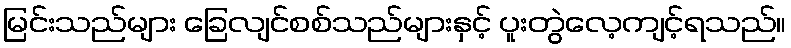
မြင်းသည်များ ခြေလျင်စစ်သည်များနှင့် ပူးတွဲလေ့ကျင့်ရသည်။